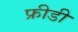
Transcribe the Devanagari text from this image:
फ्रीडी